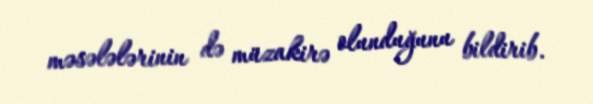
məsələlərinin də müzakirə olunduğunu bildirib.